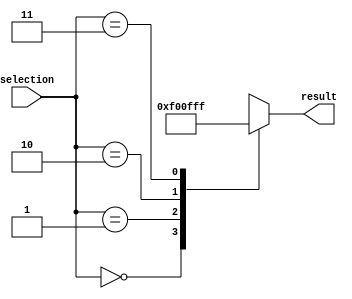
module full_case_example (
    input wire [1:0] selection,
    output reg [7:0] result
);

always @(*) begin
    case (selection)
        2'b00: result = 8'b00000000;
        2'b01: result = 8'b11110000;
        2'b10: result = 8'b00001111;
        2'b11: result = 8'b11111111;
        default: result = 8'b00000000;
    endcase
end

endmodule